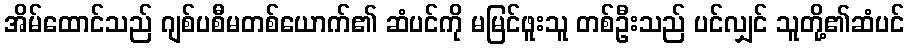
အိမ်ထောင်သည် ဂျစ်ပစီမတစ်ယောက်၏ ဆံပင်ကို မမြင်ဖူးသူ တစ်ဦးသည် ပင်လျှင် သူတို့၏ဆံပင်